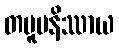
တမူပနိဿာယ